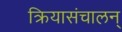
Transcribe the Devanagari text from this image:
क्रियासंचालन्